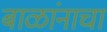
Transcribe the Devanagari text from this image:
बाळांनाचा